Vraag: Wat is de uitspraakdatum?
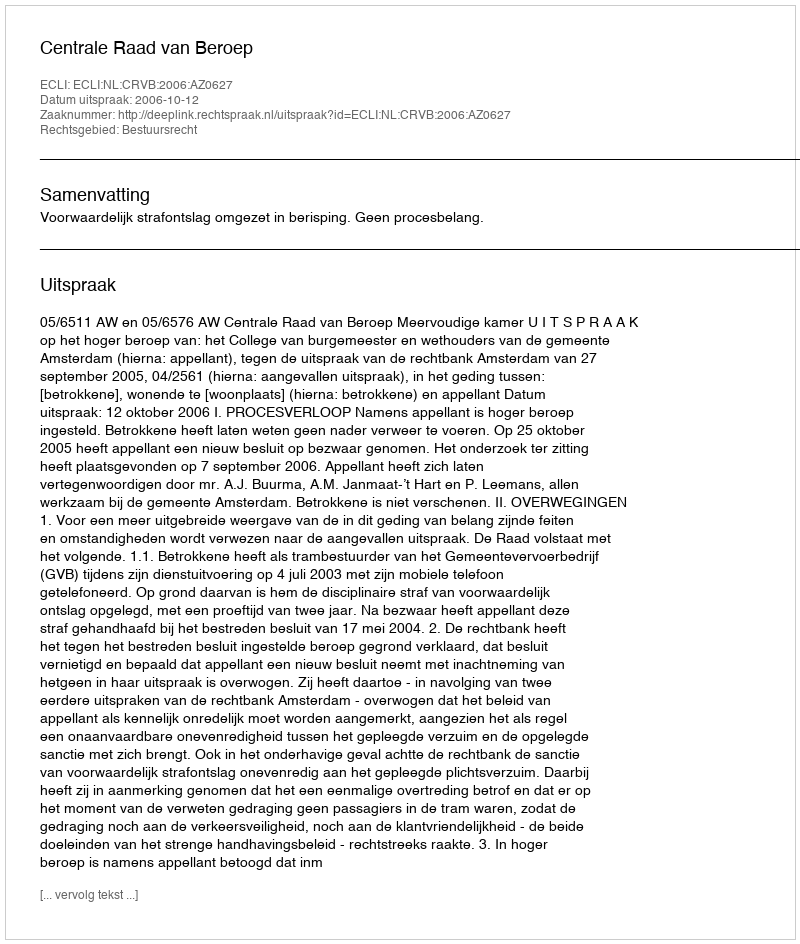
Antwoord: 2006-10-12